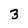
Character: 3